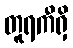
တူရကီရှိ